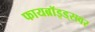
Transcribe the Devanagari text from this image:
फायब्रॉइड्‌सवर